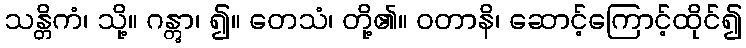
သန္တိကံ၊ သို့။ ဂန္တွာ၊ ၍။ တေသံ၊ တို့၏။ ဝတာနိ၊ ဆောင့်ကြောင့်ထိုင်၍